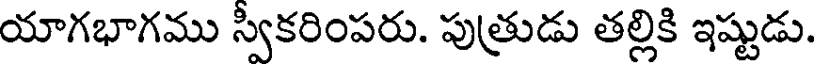
యాగభాగము స్వికరింపరు. పుత్రుడు తల్లికి ఇష్టుడు.